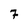
Character: 7